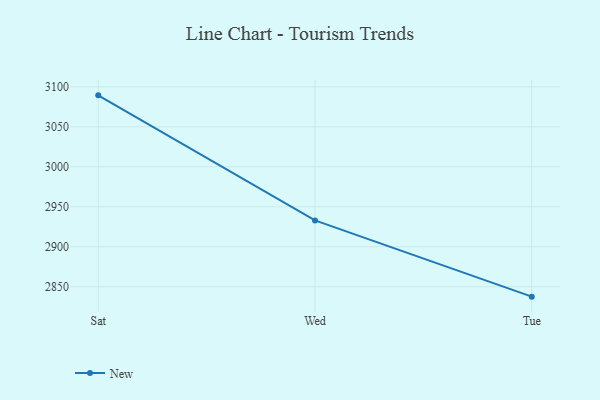
{"axis": {"x": "Day", "y": "Production Output"}, "legend": ["New"], "data": [{"x": "Sat", "y": 3089.3, "type": "New"}, {"x": "Wed", "y": 2933.0, "type": "New"}, {"x": "Tue", "y": 2837.7, "type": "New"}]}